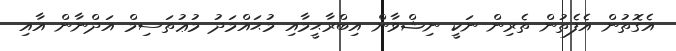
އެގޮތުން އެފެތުން ތެރިން ނަކީ ނިޝްވާން އިބްރާޙީމާއި މުޙައްމަދު މުޢުތަސިމް އަދްނާން އާއި